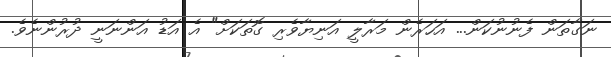
ނަގާތަން ފެނުނުކަން... އަހަރެން މަރާލީ އަނިޔާވެރި ގޮޮތަކަށް" އެ އަޑު އަންނަނީ ދުރުންނެވެ.